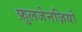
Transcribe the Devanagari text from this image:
फ़ुलजेनज़ियो